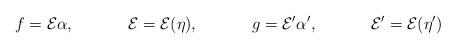
LaTeX: \begin{align*}f&=\mathcal{E}\alpha,&\mathcal{E}&=\mathcal{E}(\eta),&g&=\mathcal{E}'\alpha',&\mathcal{E}'&=\mathcal{E}(\eta')\end{align*}